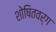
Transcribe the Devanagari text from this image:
शोषितवर्ग